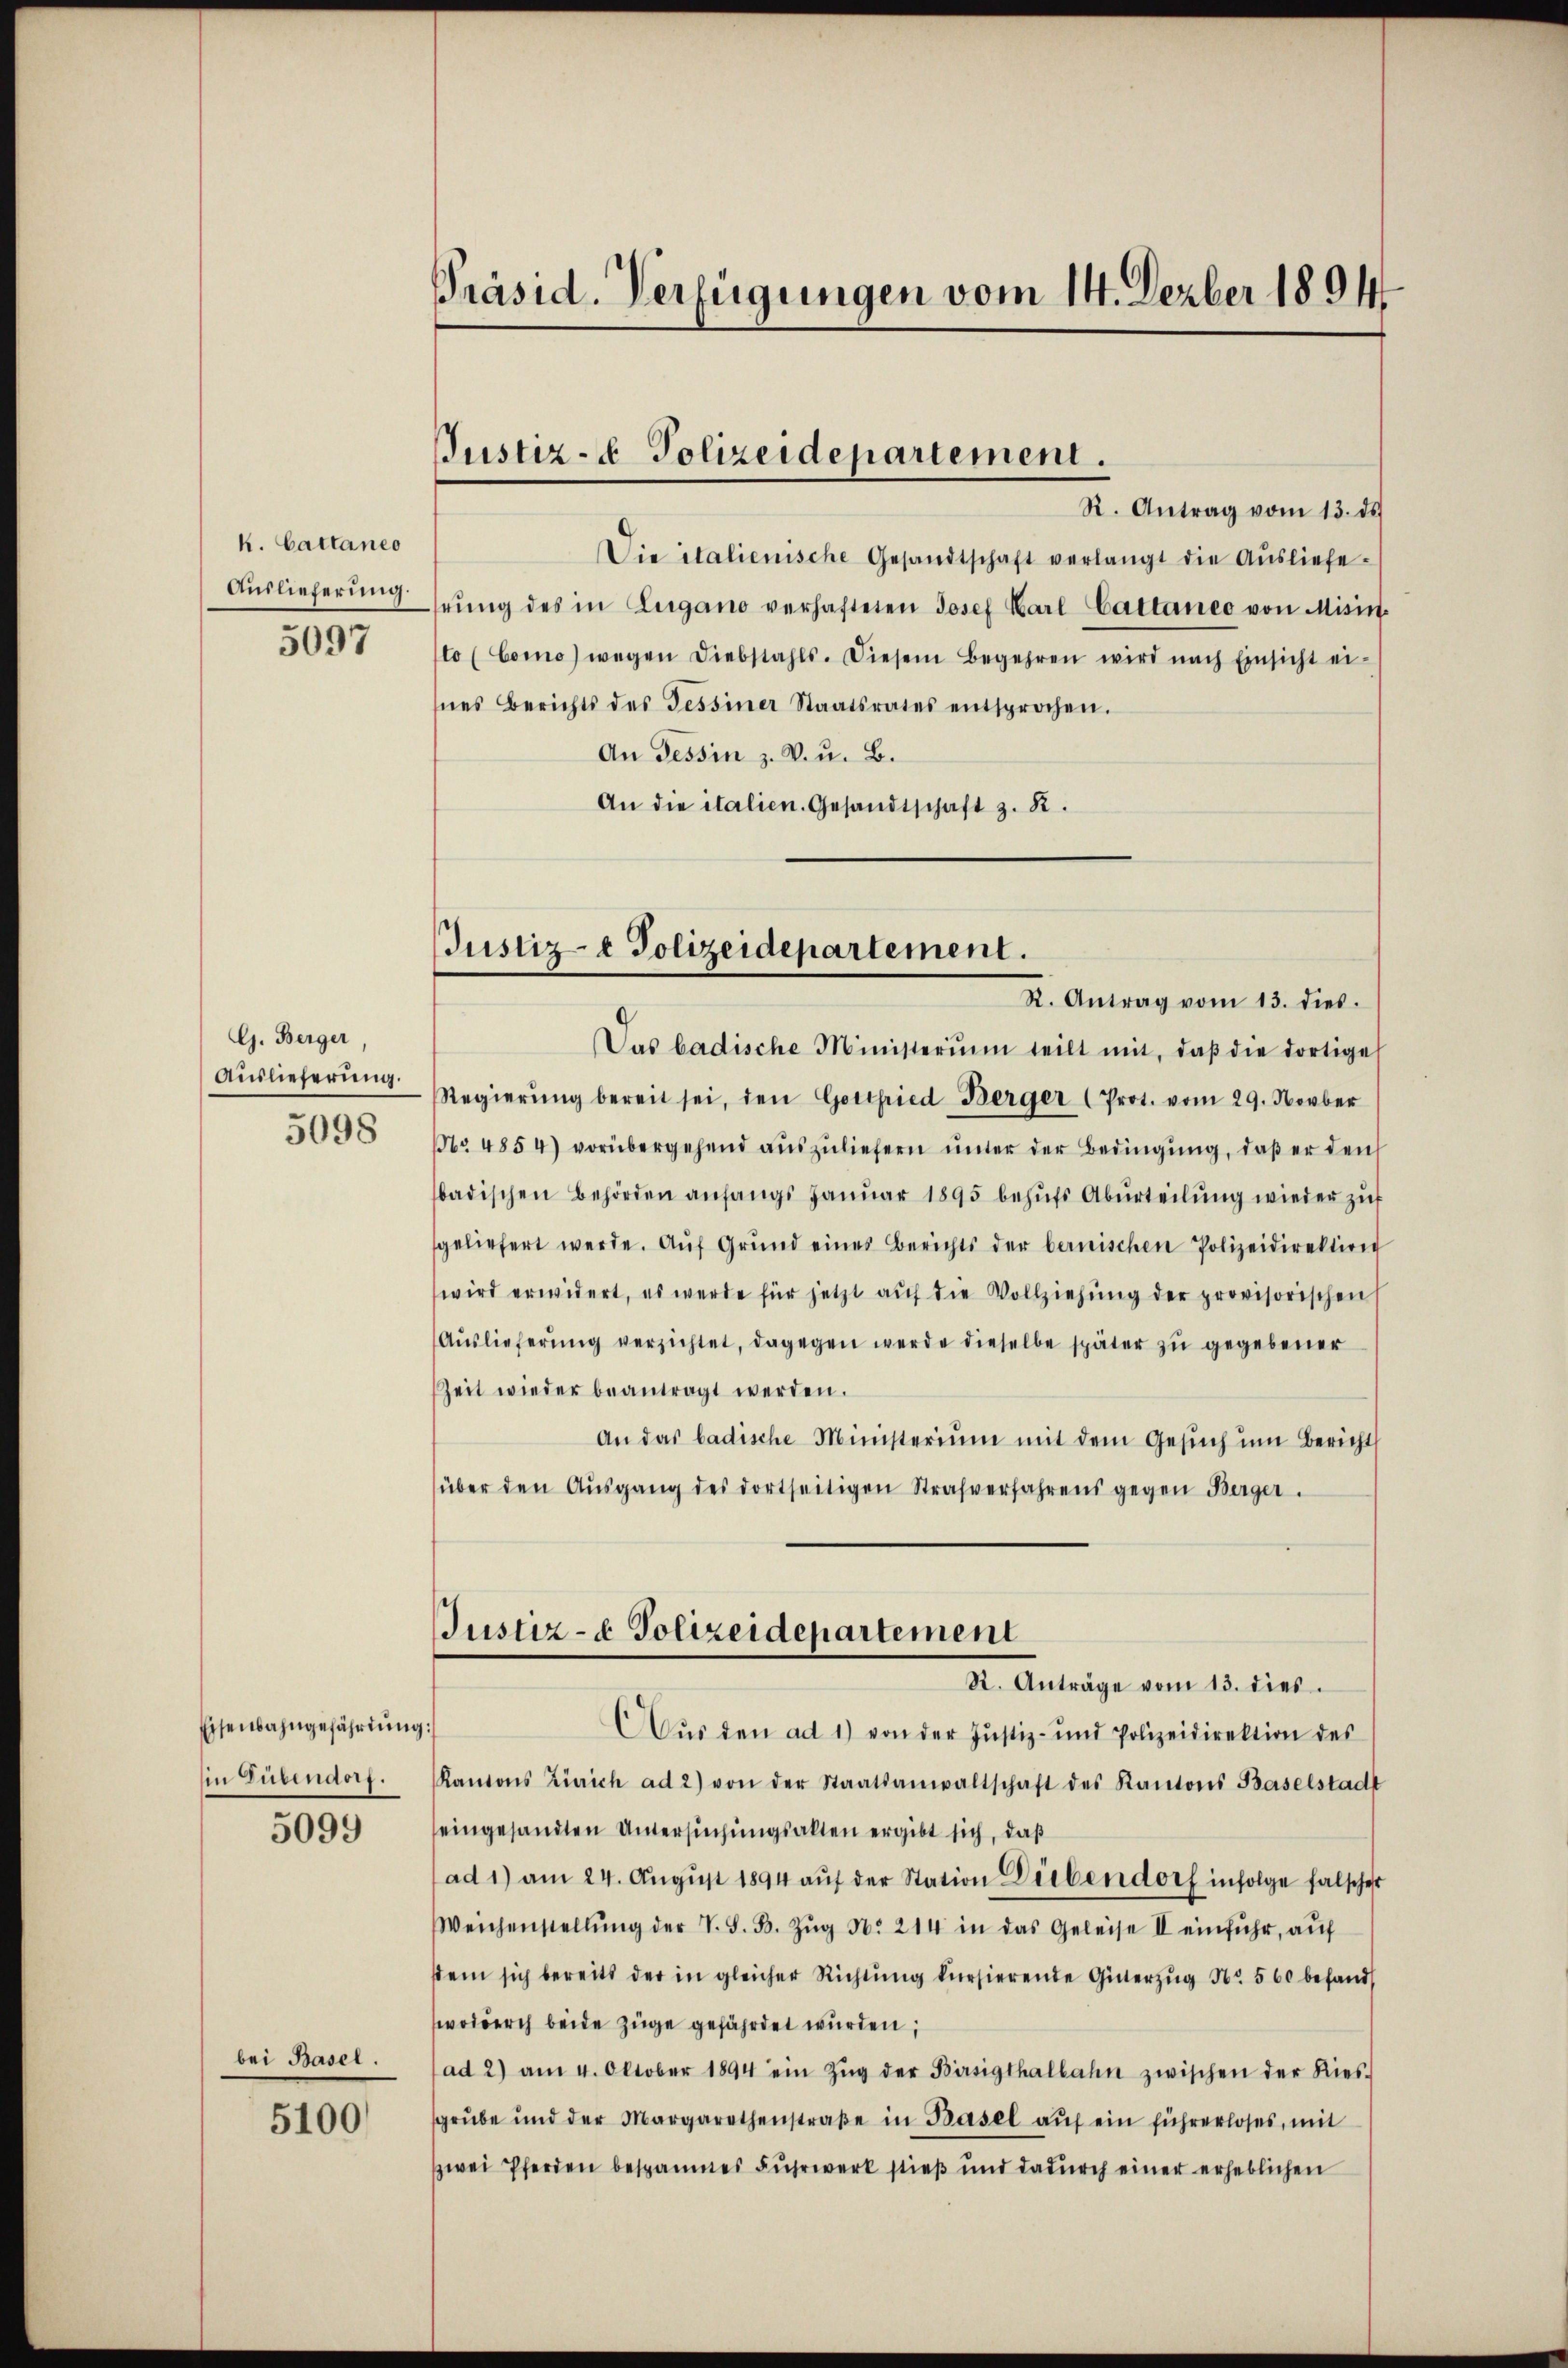
k. Cattaneo
Auslieferung.
5097

G. Berger,
Auslieferung.
5098

Eisenbahngefährdung
in Dübendorf.

5099

bei Basel.

5100

Präsid. Verfügungen vom 14. Dezber 1894

Justiz- & Polizeidepartement.

Justiz- & Polizeidepartement.

R. Antrag vom 13. ds
Die italienische Gesandtschaft verlangt die Aŭsliefe-
hrŭng des in Lugano verhafteten Josef Karl Cattaneo von Misin
to (Como) wegen Diebstahls. Diesem Begehren wird nach Einsicht ei-
mnes Berichts des Tessiner Staatsrates entsprochen.
An Tessin z. V. u. B.
An die italien. Gesandtschaft z. R.

R. Antrag vom 13. dies.
Das badische Ministerium teilt mit, daβ die dortige
Regierŭng bereit sei, den Gottfried Berger (Prot. vom 29. Novber
Nr. 4854) vorübergehend aŭszŭliefern ŭnter der Bedingŭng, daβ er den
badischen Behörden anfangs Janŭar 1895 behŭfs Abŭrteilŭng wieder zŭf
geliefert werde. Aŭf Grŭnd eines Berichts der bernischen Polizeidirektion
wird erwidert, es werde für jetzt aŭf die Vollziehŭng der provisorischen
Aŭslieferŭng verzichtet, dagegen werde dieselbe später zu gegebener
seit wieder beantragt werden.
An das badische Ministerium mit dem Gesŭch ŭm Bericht
über den Aŭsgang des dortseitigen Strafverfahrens gegen Berger.
Justiz- & Polizeidepartement
R. Anträge vom 13. dies
Aŭs den ad 1) von der Justiz- und Polizeidirektion des
Kantons Zürich ad 2) von der Staatsanwaltschaft des Kantons Baselstadt
eingesandten Untersuchungsakten ergibt sich, daß
ad 1) am 24. Aŭgŭst 1894 aŭf der Station Weibendorf infolge falscher
Weichenstellŭng der V. S. B. Zŭg No. 214 in das Geleise II einfuhr, auf
stem sich bereits der in gleicher Richtŭng kürsierende Güterzŭg Nr. 560 befand,
wodurch beide Züge gefährdet wurden;
ad 2) am 4. Oktober 1894 ein Zŭg der Birsigthalbahn zwischen der Ries-
grŭbe und der Margarethenstraβe in Basel aŭf ein führerloses, mit
zwei Pferden bespaumes Fuhrwerk stieß und dadurch einer erheblichen